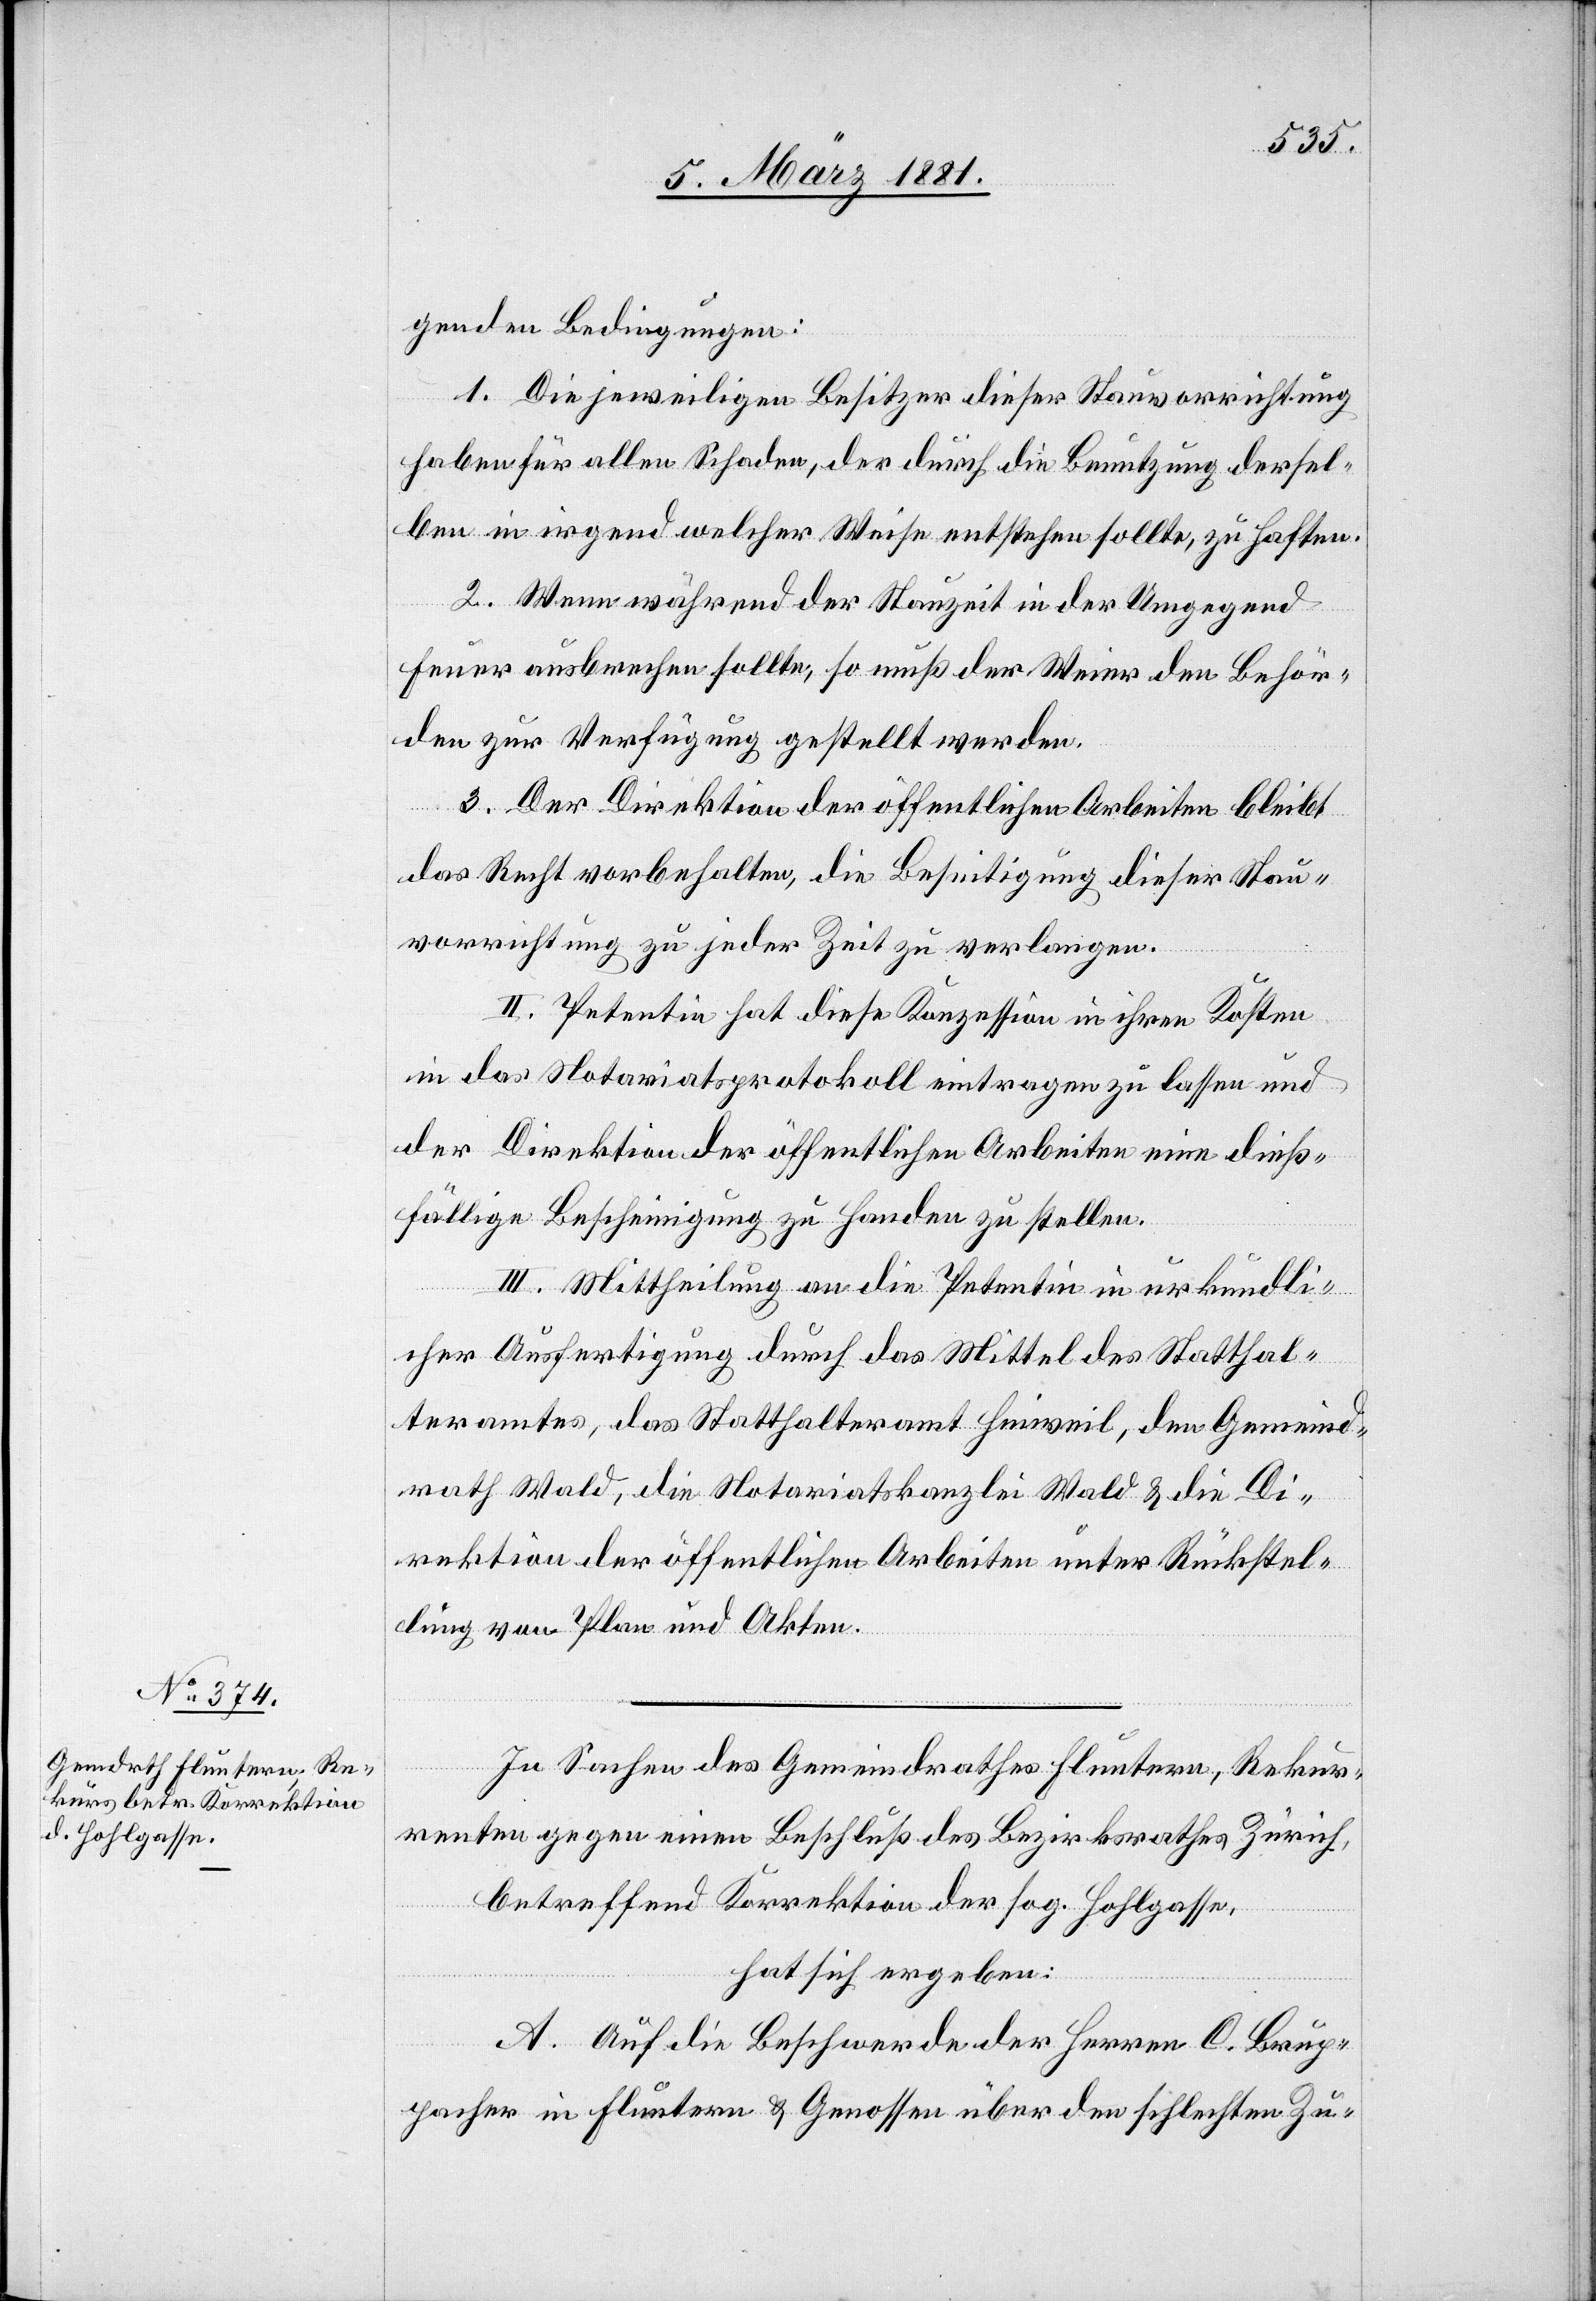
genden Bedingungen:
1. Die jeweiligen Besitzer dieser Stauvorrichtung
haben für allen Schaden, der durch die Benutzung dersel¬
ben in irgend welcher Weise entstehen sollte, zu haften.
2. Wenn während der Stauzeit in der Umgegend
Feuer ausbrechen sollte, so muß der Weier den Behör¬
den zur Verfügung gestellt werden.
3. Der Direktion der öffentlichen Arbeiten bleibt
das Recht vorbehalten, die Beseitigung dieser Stau¬
vorrichtung zu jeder Zeit zu verlangen.
II. Petentin hat diese Konzession in ihren Kosten
in das Notariatsprotokoll eintragen zu lassen und
der Direktion der öffentlichen Arbeiten eine dieß¬
fällige Bescheinigung zu Handen zu stellen.
III. Mittheilung an die Petentin in urkundli¬
cher Ausfertigung durch das Mittel des Statthal¬
teramtes, das Statthalteramt Hinweil, den Gemeind¬
rath Wald, die Notariatskanzlei Wald & die Di¬
rektion der öffentlichen Arbeiten unter Rückstel¬
lung von Plan und Akten.
In Sachen des Gemeindrathes Fluntern, Rekur¬
renten gegen einen Beschluß des Bezirksrathes Zürich,
betreffend Korrektion der sog. Hohlgasse,
hat sich ergeben:
A. Auf die Beschwerde der Herren C. Brup¬
pacher in Fluntern & Genossen über den schlechten Zu-